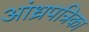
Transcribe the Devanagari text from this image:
आंध्रपत्रिका